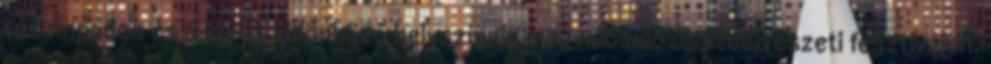
tószínpadon és a város különböző helyszínein megvalósuló összművészeti fesztiválon.